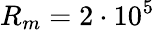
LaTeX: R_{m}=2\cdot 10^{5}